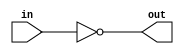
// Copyright 2020 Matt Venn
//
// Licensed under the Apache License, Version 2.0 (the "License");
// you may not use this file except in compliance with the License.
// You may obtain a copy of the License at
//
//      http://www.apache.org/licenses/LICENSE-2.0
//
// Unless required by applicable law or agreed to in writing, software
// distributed under the License is distributed on an "AS IS" BASIS,
// WITHOUT WARRANTIES OR CONDITIONS OF ANY KIND, either express or implied.
// See the License for the specific language governing permissions and
// limitations under the License.

`default_nettype none
module inverter (
    input wire in,
    output out );

    assign out = !in;

endmodule